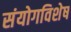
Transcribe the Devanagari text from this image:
संयोगविशेष